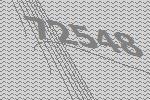
72548